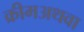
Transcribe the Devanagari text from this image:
क्रीमअथवा